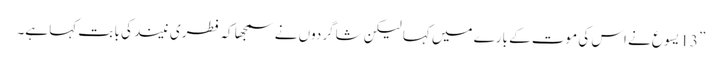
” 13 یسوع نے اس کی موت کے بارے میں کہا لیکن شاگردوں نے سمجھا کہ فطری نیند کی با بت کہا ہے۔